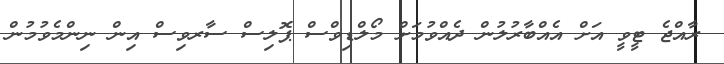
ރާއްޖެ ޓީވީ އަށް އެއްބާރުލުން ދެއްވުމަށް މޯލްޑިވްސް ޕޮލިސް ސާރވިސް އިން ނިންމެވުމުން